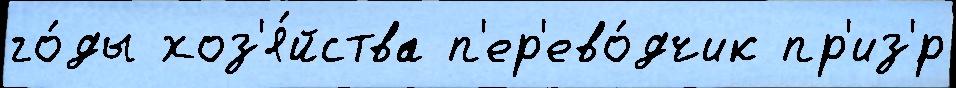
го́ды хоз'я́йства п'ер'ево́дчик пр'из'́р